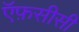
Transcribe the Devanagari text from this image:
ऍफ़सीसी